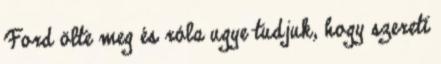
Ford ölte meg és róla ugye tudjuk, hogy szereti